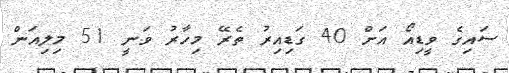
ސައިގެ ވީޑިއޯ އަށް 40 ގަޑިއިރު ތެރޭ މިހާރު ވަނީ 51 މިލިއަން